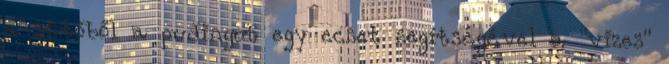
a sütőből a pudingot egy ecset segítségével a "vizes"